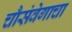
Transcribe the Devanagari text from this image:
चौसंवेगाचा